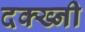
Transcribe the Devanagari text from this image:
दक्ख्नी